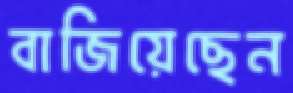
বাজিয়েছেন